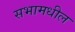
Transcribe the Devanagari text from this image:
सभामधील